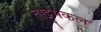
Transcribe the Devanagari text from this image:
तोट्टुमकल